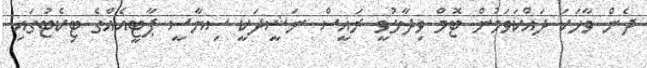
ދެން ވާހަކަ ދައްކަވަމުން ޓޮމް ވިދާޅުވީ ރައީސް ނަޝީދަކީ ސިޔާސީ ޕާޓީއެއްގެ ޓިކެޓުގައި